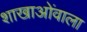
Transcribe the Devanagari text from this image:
शाखाओंवाला